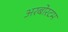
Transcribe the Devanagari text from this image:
अरबोरटम